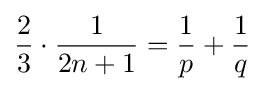
{\frac {2}{3}}\cdot {\frac {1}{2n+1}}={\frac {1}{p}}+{\frac {1}{q}}